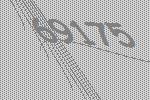
69175